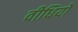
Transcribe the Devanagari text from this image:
वीधियों